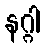
နဂ္ဂါ